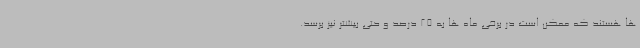
ها هستند که ممکن است در برخی ماه ها به 25 درصد و حتی بیشتر نیز برسد.